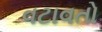
વટાવતો